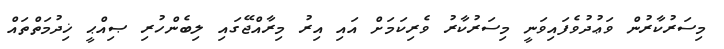
މިސަރުކާރުން ވަޢުދުވެފައިވަނީ މިސަރުކާރު ވެރިކަމަށް އައި އިރު މިރާއްޖޭގައި ލިބެންހުރި ޞިއްޙީ ޚިދުމަތްތައް